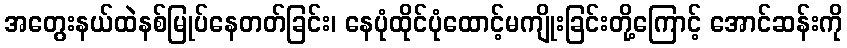
အတွေးနယ်ထဲနစ်မြုပ်နေတတ်ခြင်း၊ နေပုံထိုင်ပုံထောင့်မကျိုးခြင်းတို့ကြောင့် အောင်ဆန်းကို